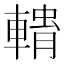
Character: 𮝢